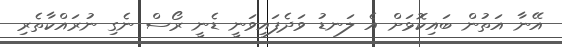
އޭނާ އަތުން ބައިކޮޅަށް އެ ލަނޑު ވަދެފައިވަނީ ޑެނީ ރޯސް ނެގި ނުރައްކާތެރި